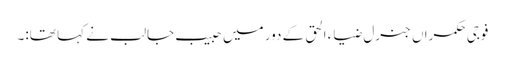
فوجی حکمراں جنرل ضیاء الحق کے دور میں حبیب جالب نے کہا تھا:۔